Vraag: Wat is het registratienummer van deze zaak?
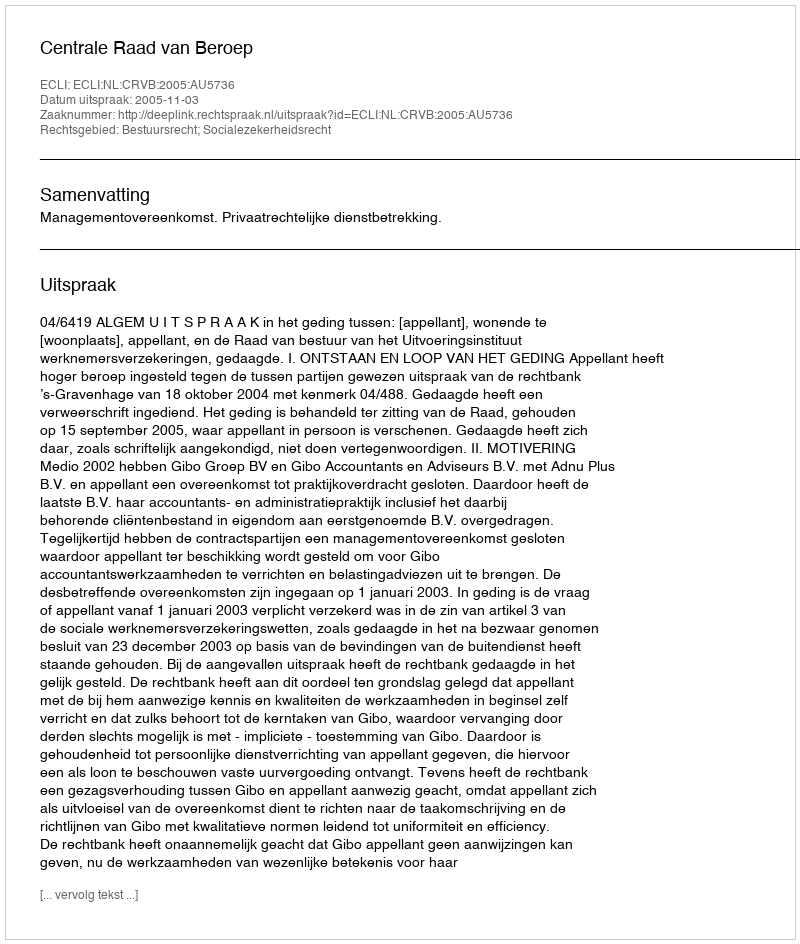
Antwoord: http://deeplink.rechtspraak.nl/uitspraak?id=ECLI:NL:CRVB:2005:AU5736